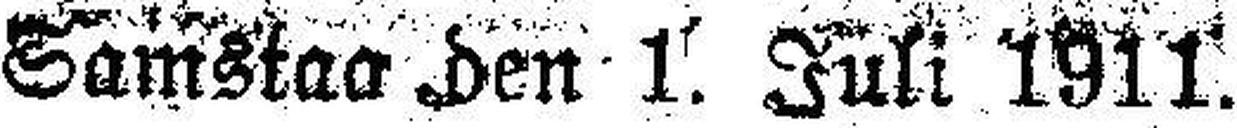
Samstag den 1. Juli 1911.